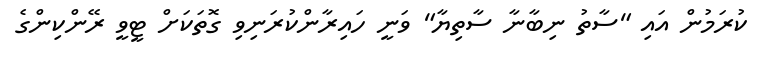
ކުރަމުން އައި "ސާތު ނިބާނާ ސާތިޔާ" ވަނީ ހައިރާންކުރަނިވި ގޮތަކަށް ޓީވީ ރޭންކިންގެ